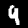
Digit: 4